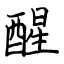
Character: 醒